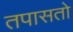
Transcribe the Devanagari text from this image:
तपासतो